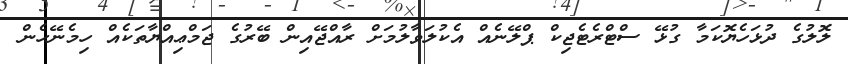
ލޮލުގެ ދުޅަހެޔޮކަމާ ގުޅޭ ސްޓްރެޓެޖިކް ޕްލޭނެއް އެކުލަވާލުމަށް ރާއްޖޭއިން ބޭރުގެ ޖަމްޢިއްޔާތަކެއް ހިމެނޭހެން